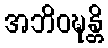
အဘိဝဍ္ဎန္တိ